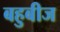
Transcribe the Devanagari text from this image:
बहुबीज